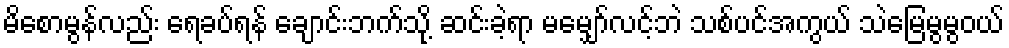
မိစောမွန်လည်း ရေခပ်ရန် ချောင်းဘက်သို့ ဆင်းခဲ့ရာ မမျှော်လင့်ဘဲ သစ်ပင်အကွယ် သဲမြေမွမွဝယ်